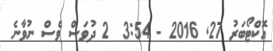
އޮކްޓޯބަރު 27